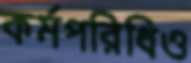
কর্মপরিধিও